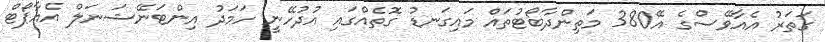
ގަތަރު އެއާވޭސްގެ އޭ380 މަތިންދާބޯޓުތައް މައިގަނޑު ގޮތެއްގައި އުދުހޭނީ ހަމަދު އިންޓަނޭޝަނަލް އެއާޕޯޓް